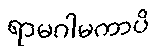
ရာမဂါမကာပိ